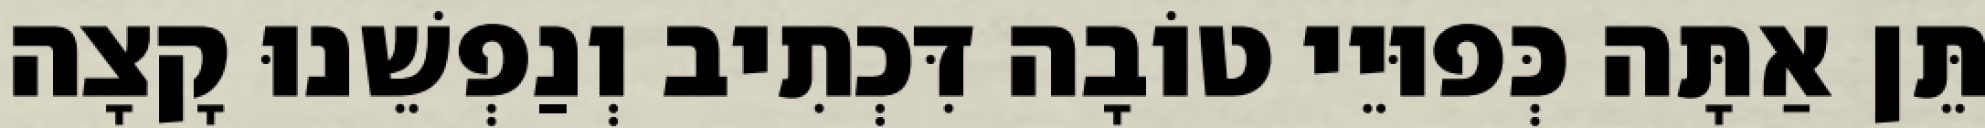
תֵּן אַתָּה כְּפוּיֵי טוֹבָה דִּכְתִיב וְנַפְשֵׁנוּ קָצָה